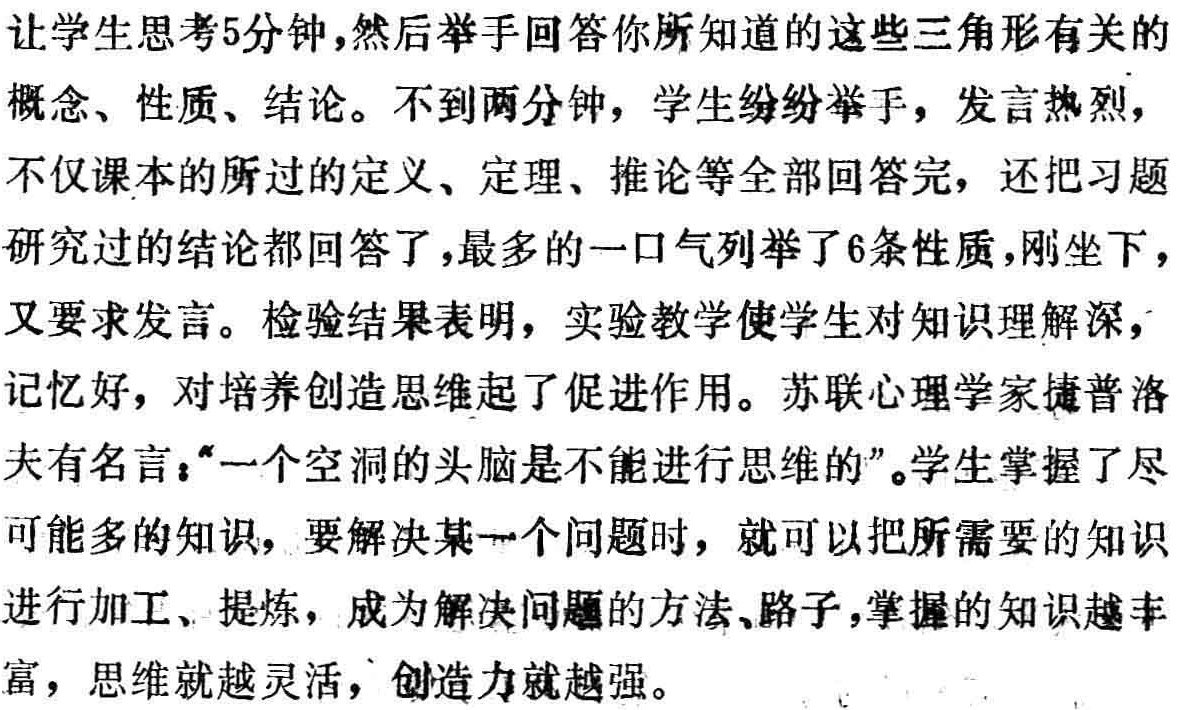
让学生思考5分钟,然后举手回答你所知道的这些三角形有关的
概念、性质、结论。不到两分钟，学生纷纷举手，发言热烈，
不仅课本的所过的定义、定理、推论等全部回答完，还把习题
研究过的结论都回答了,最多的一口气列举了6条性质,刚坐下，
又要求发言。检验结果表明，实验教学使学生对知识理解深，
记忆好，对培养创造思维起了促进作用。苏联心理学家捷普洛
夫有名言：“一个空洞的头脑是不能进行思维的”。学生掌握了尽
可能多的知识，要解决某一个问题时，就可以把所需要的知识
进行加工、提炼，成为解决问题的方法、路子,掌握的知识越丰
富，思维就越灵活，创造力就越强。